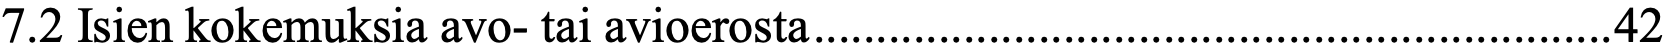
7.2 Isien kokemuksia avo- tai avioerosta ................................................................ 42